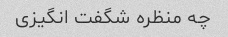
چه منظره شگفت انگیزی